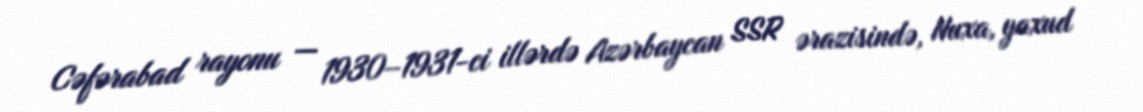
Cəfərabad rayonu — 1930–1931-ci illərdə Azərbaycan SSR ərazisində, Nuxa, yaxud